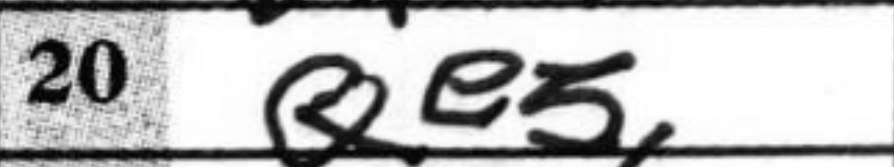
Transcription: Qe5